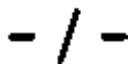
- / -